Problem: 39 + 3 = ?
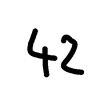
Handwritten answer: 42